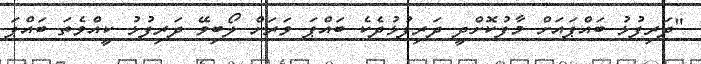
"ދަރިފުޅު ބައްޕައަށް މާފުކޮށްދީ ދަރިފުޅުދެކެ ބައްޕަ ވަރަށް ލޯބިވޭ ދަރިފުޅު ކީއްވެތަ ބައްޕަ